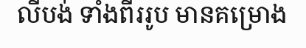
លីបង់ ទាំងពីររូប មានគម្រោង